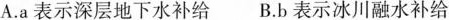
A.a表示深层地下水补给 B.b表示冰川融水补给